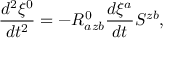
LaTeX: \frac { d ^ { 2 } \xi ^ { 0 } } { d t ^ { 2 } } = - R _ { a z b } ^ { 0 } \frac { d \xi ^ { a } } { d t } S ^ { z b } ,